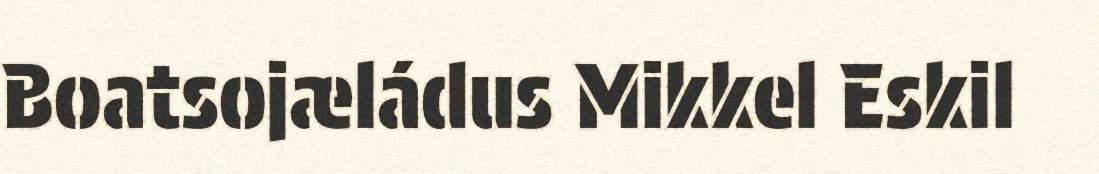
Boatsojæládus Mikkel Eskil